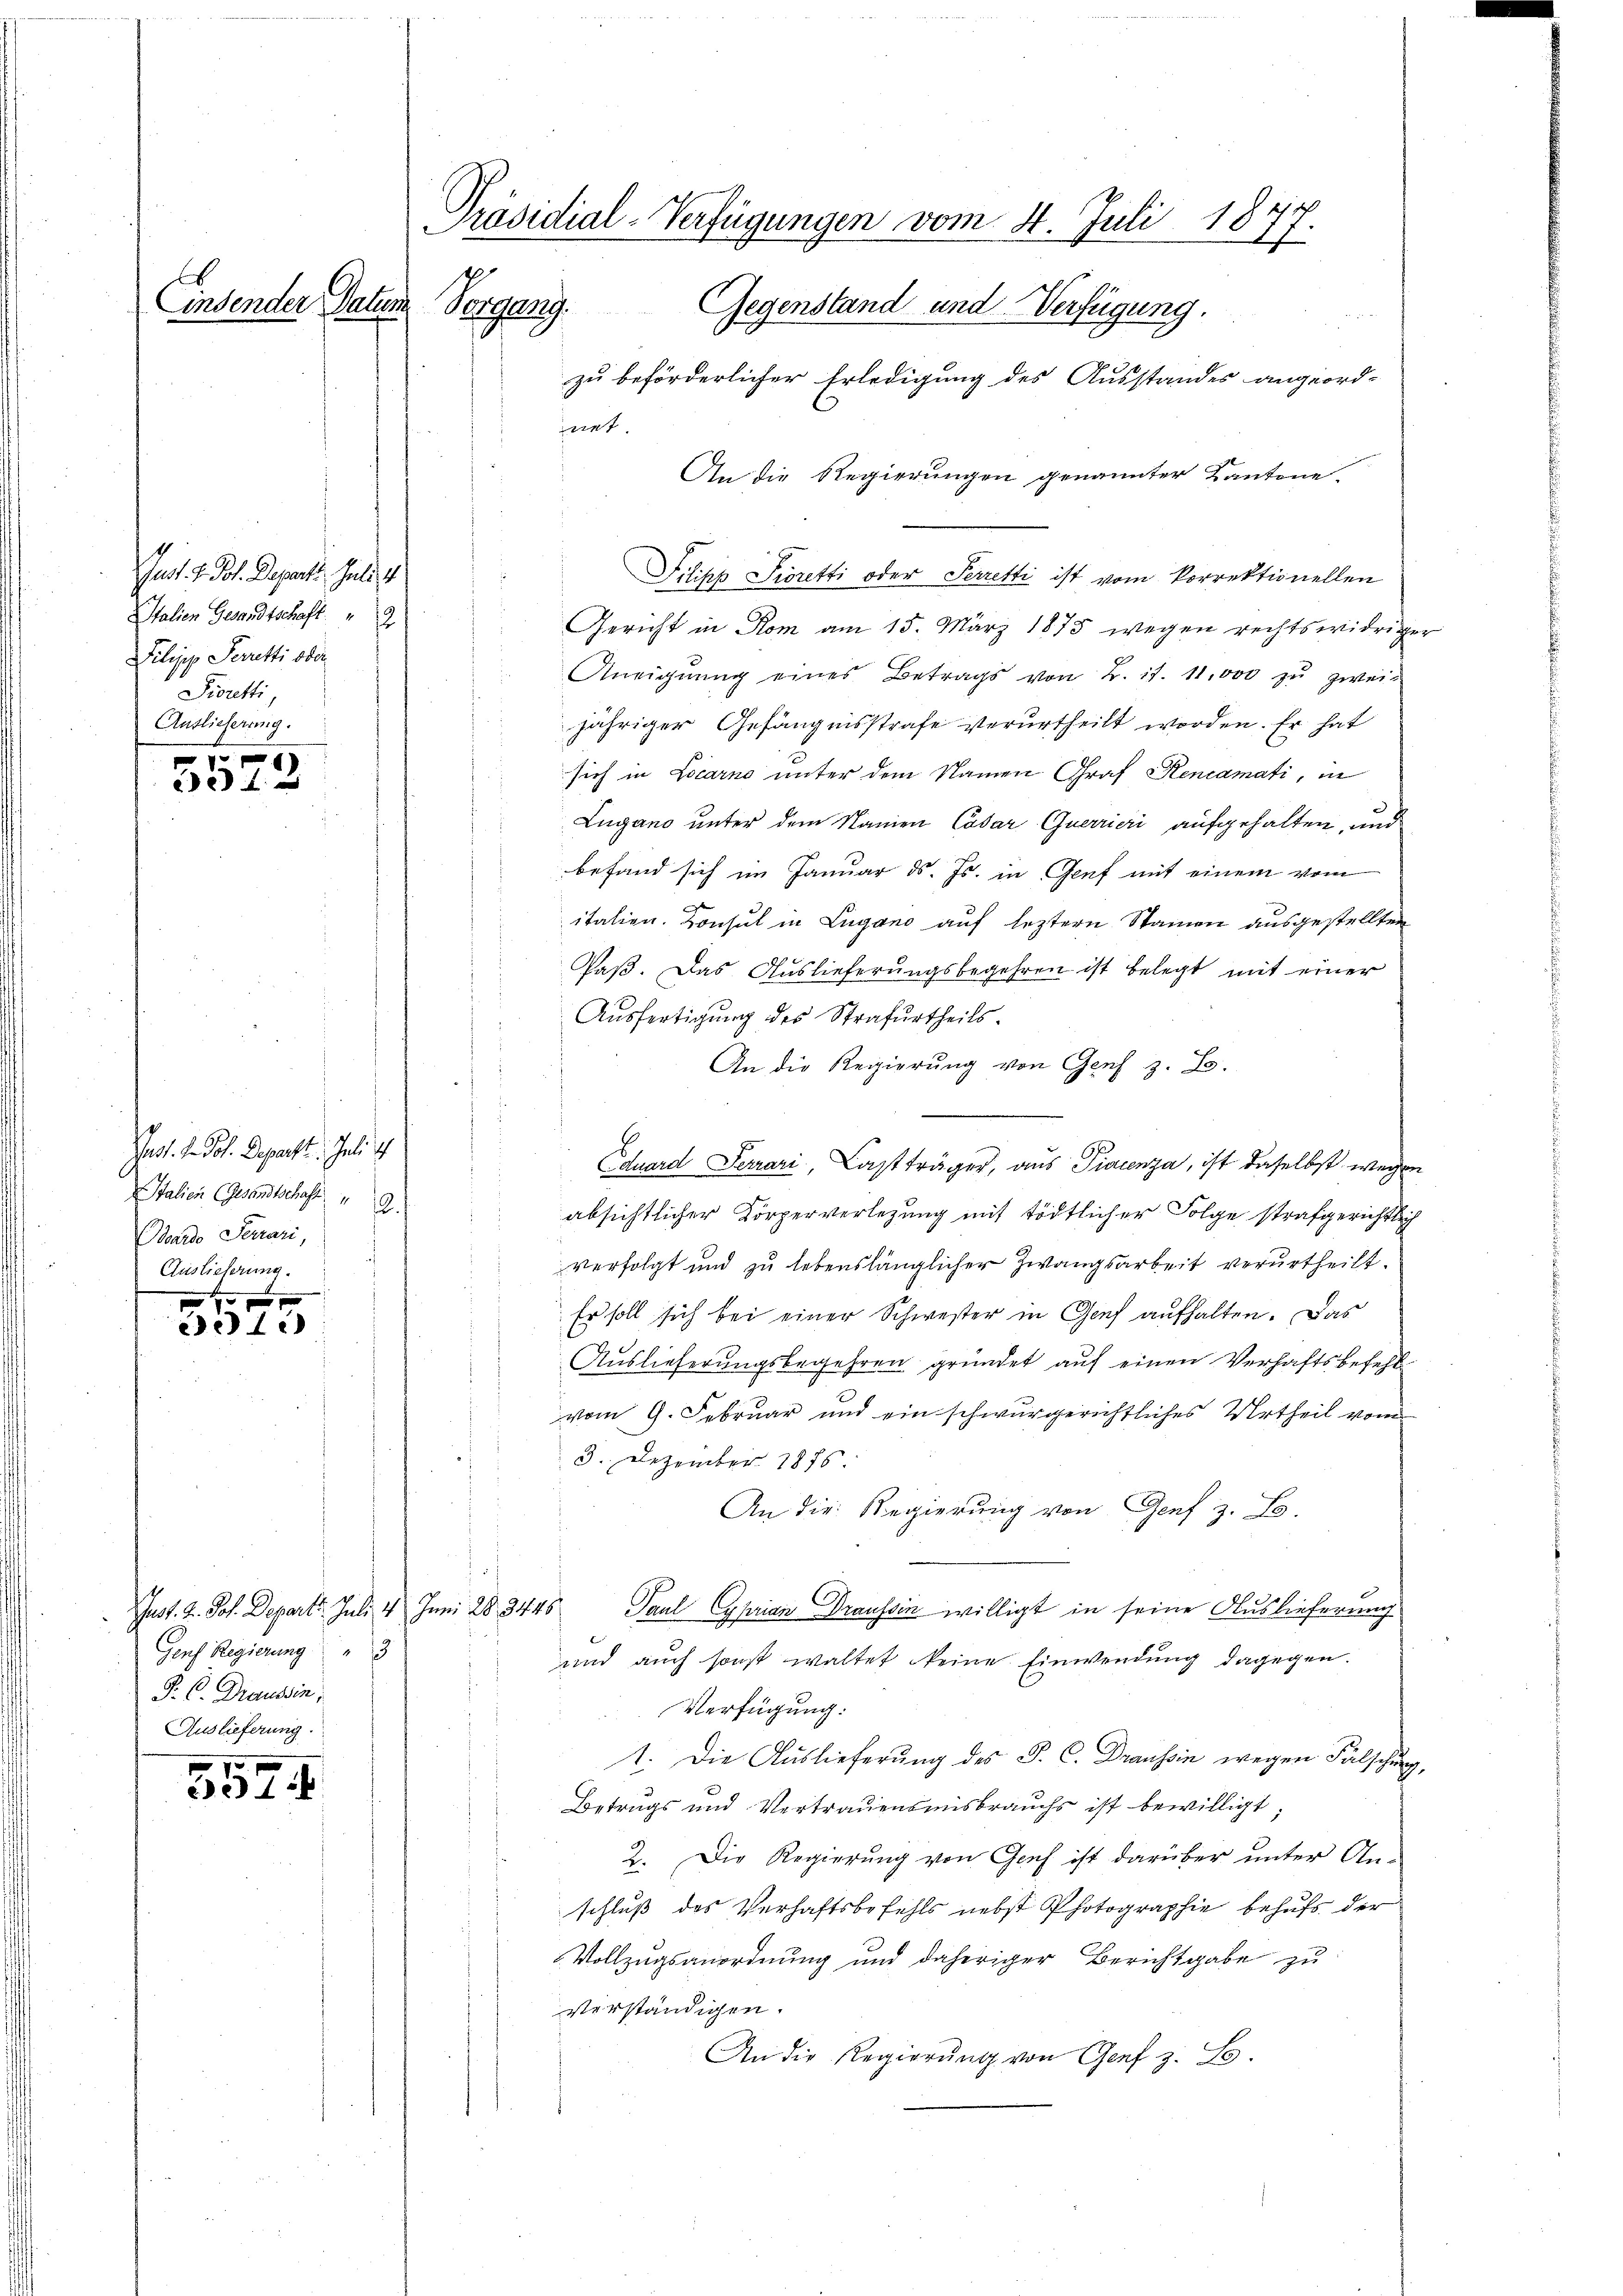
Just. H. Joh. Departe Juli
Italien Gesandtschaft: " 2
Pilipp Scrutti ober
Fioretti
Auslieferung.
0 f 0 x
3312

Jast. d. Joh. Departt. Juli 1
Italien (Gesandtschaft
12.
aardo Ferrari
Auslieferung.
d

eidli

352

Lindender Patum Vorgang.

Iust. J. Joh. Departi. Juli 4 Juni 28. 3448
Gouf Regierung " 3
P. C. Draussin,
Auslieferung.

s

Präsidial-Verfügungen vom 4. Juli 1877
Gegenstand und Verfügung.

zu beförderlicher Erledigung des Ausstandes angeord-
An die Regierungen genannter Kantone.
Filisis Pioretti oder Perretti ist vom Vorrektionellen
Gericht in Rom am 15. März 1875 wegen rechtswidriger
Aneignung eines Betrags von B. it. 11,000 zŭ zweit
jähriger Gefängnisstrafe verurtheilt worden. Er hat
sich in Locarno unter dem Namen Graf Rencamati, in
Lugano unter dem Namen Casar Querrieri aufgehalten, und
befand sich im Januar d. Js. in Genf mit einem vom
italien. Konsul in Lugano auf leztern Stainen ausgestellten
Paß. Das Auslieferungsbegehren ist belegt mit einer
Ausfertigung des Strafurtheils.
An die Regierung von Genf z. B.
Eduard Ferrari. Last träger, aus Tierenza, ist daselbst wegen
s
absichtlicher Körperverlegung mit tödtlicher Folge strafgerichtlich
verfolgt und zu lebenslänglicher Zwangsarbeit verurtheilt.
Er soll sich bei einer Schwester in Genf aufhalten. Das
Auslieferungsbegehren gründet auf einen Verhaftsbefehlvom 9. Februar und ein schwurgerichtliches Urtheil vom
3. Dezember 1875.
An die Regierung von Genf z. B.
Paul Cyprian Draussin willigt in seine Auslieferung
und auch sonst waltet keine Einwendung dagegen.
Verfügung:
1. Die Auslieferung des P. C. Draussin wegen Fälschung,
Betrags und Vertrauensmisbrauchs ist bewilligt;
2. Die Regierung von Genf ist darüber unter An-
schluß des Verhaftsbefehls nebst Photographie behufs der
Vollzugsanordnung und daheriger Berichtgabe zu
verständigen.
An die Regierŭng von Genf z. S.

ant.